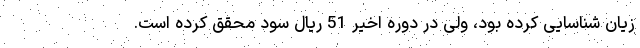
زیان شناسایی کرده بود، ولی در دوره اخیر 51 ریال سود محقق کرده است.